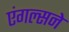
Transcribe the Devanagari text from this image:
एंगल्सने